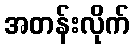
အတန်းလိုက်